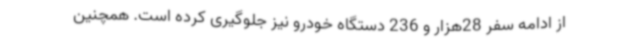
از ادامه سفر 28هزار و 236 دستگاه خودرو نیز جلوگیری کرده است. همچنین